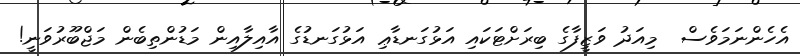
އެހެންނަމަވެސް  މިއަދު ވަޒީފާގެ ބިރަށްޓަކައި އަޅުގަނޑާޢި އަޅުގަނޑުގެ އާއިލާއިން މަޑުންތިބެން މަޖްބޫރުވަނީ!